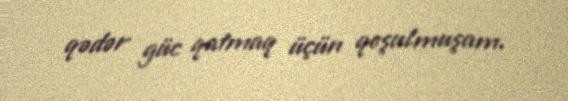
qədər güc qatmaq üçün qoşulmuşam.